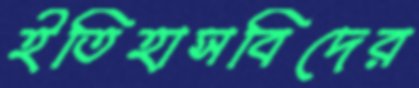
ইতিহাসবিদের